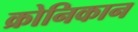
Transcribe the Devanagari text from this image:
क्रोनिकान